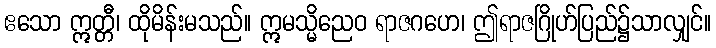
ဧသော ဣတ္တီ၊ ထိုမိန်းမသည်။ ဣမသ္မိညေဝ ရာဇဂဟေ၊ ဤရာဇဂြိုဟ်ပြည်၌သာလျှင်။